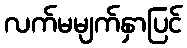
လက်မမျက်နှာပြင်